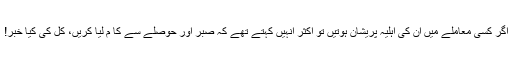
اگر کسی معاملے میں ان کی اہلیہ پریشان ہوتیں تو اکثر انہیں کہتے تھے کہ صبر اور حوصلے سے کا م لیا کریں، کل کی کیا خبر!